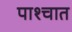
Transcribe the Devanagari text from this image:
पाश्‍चात